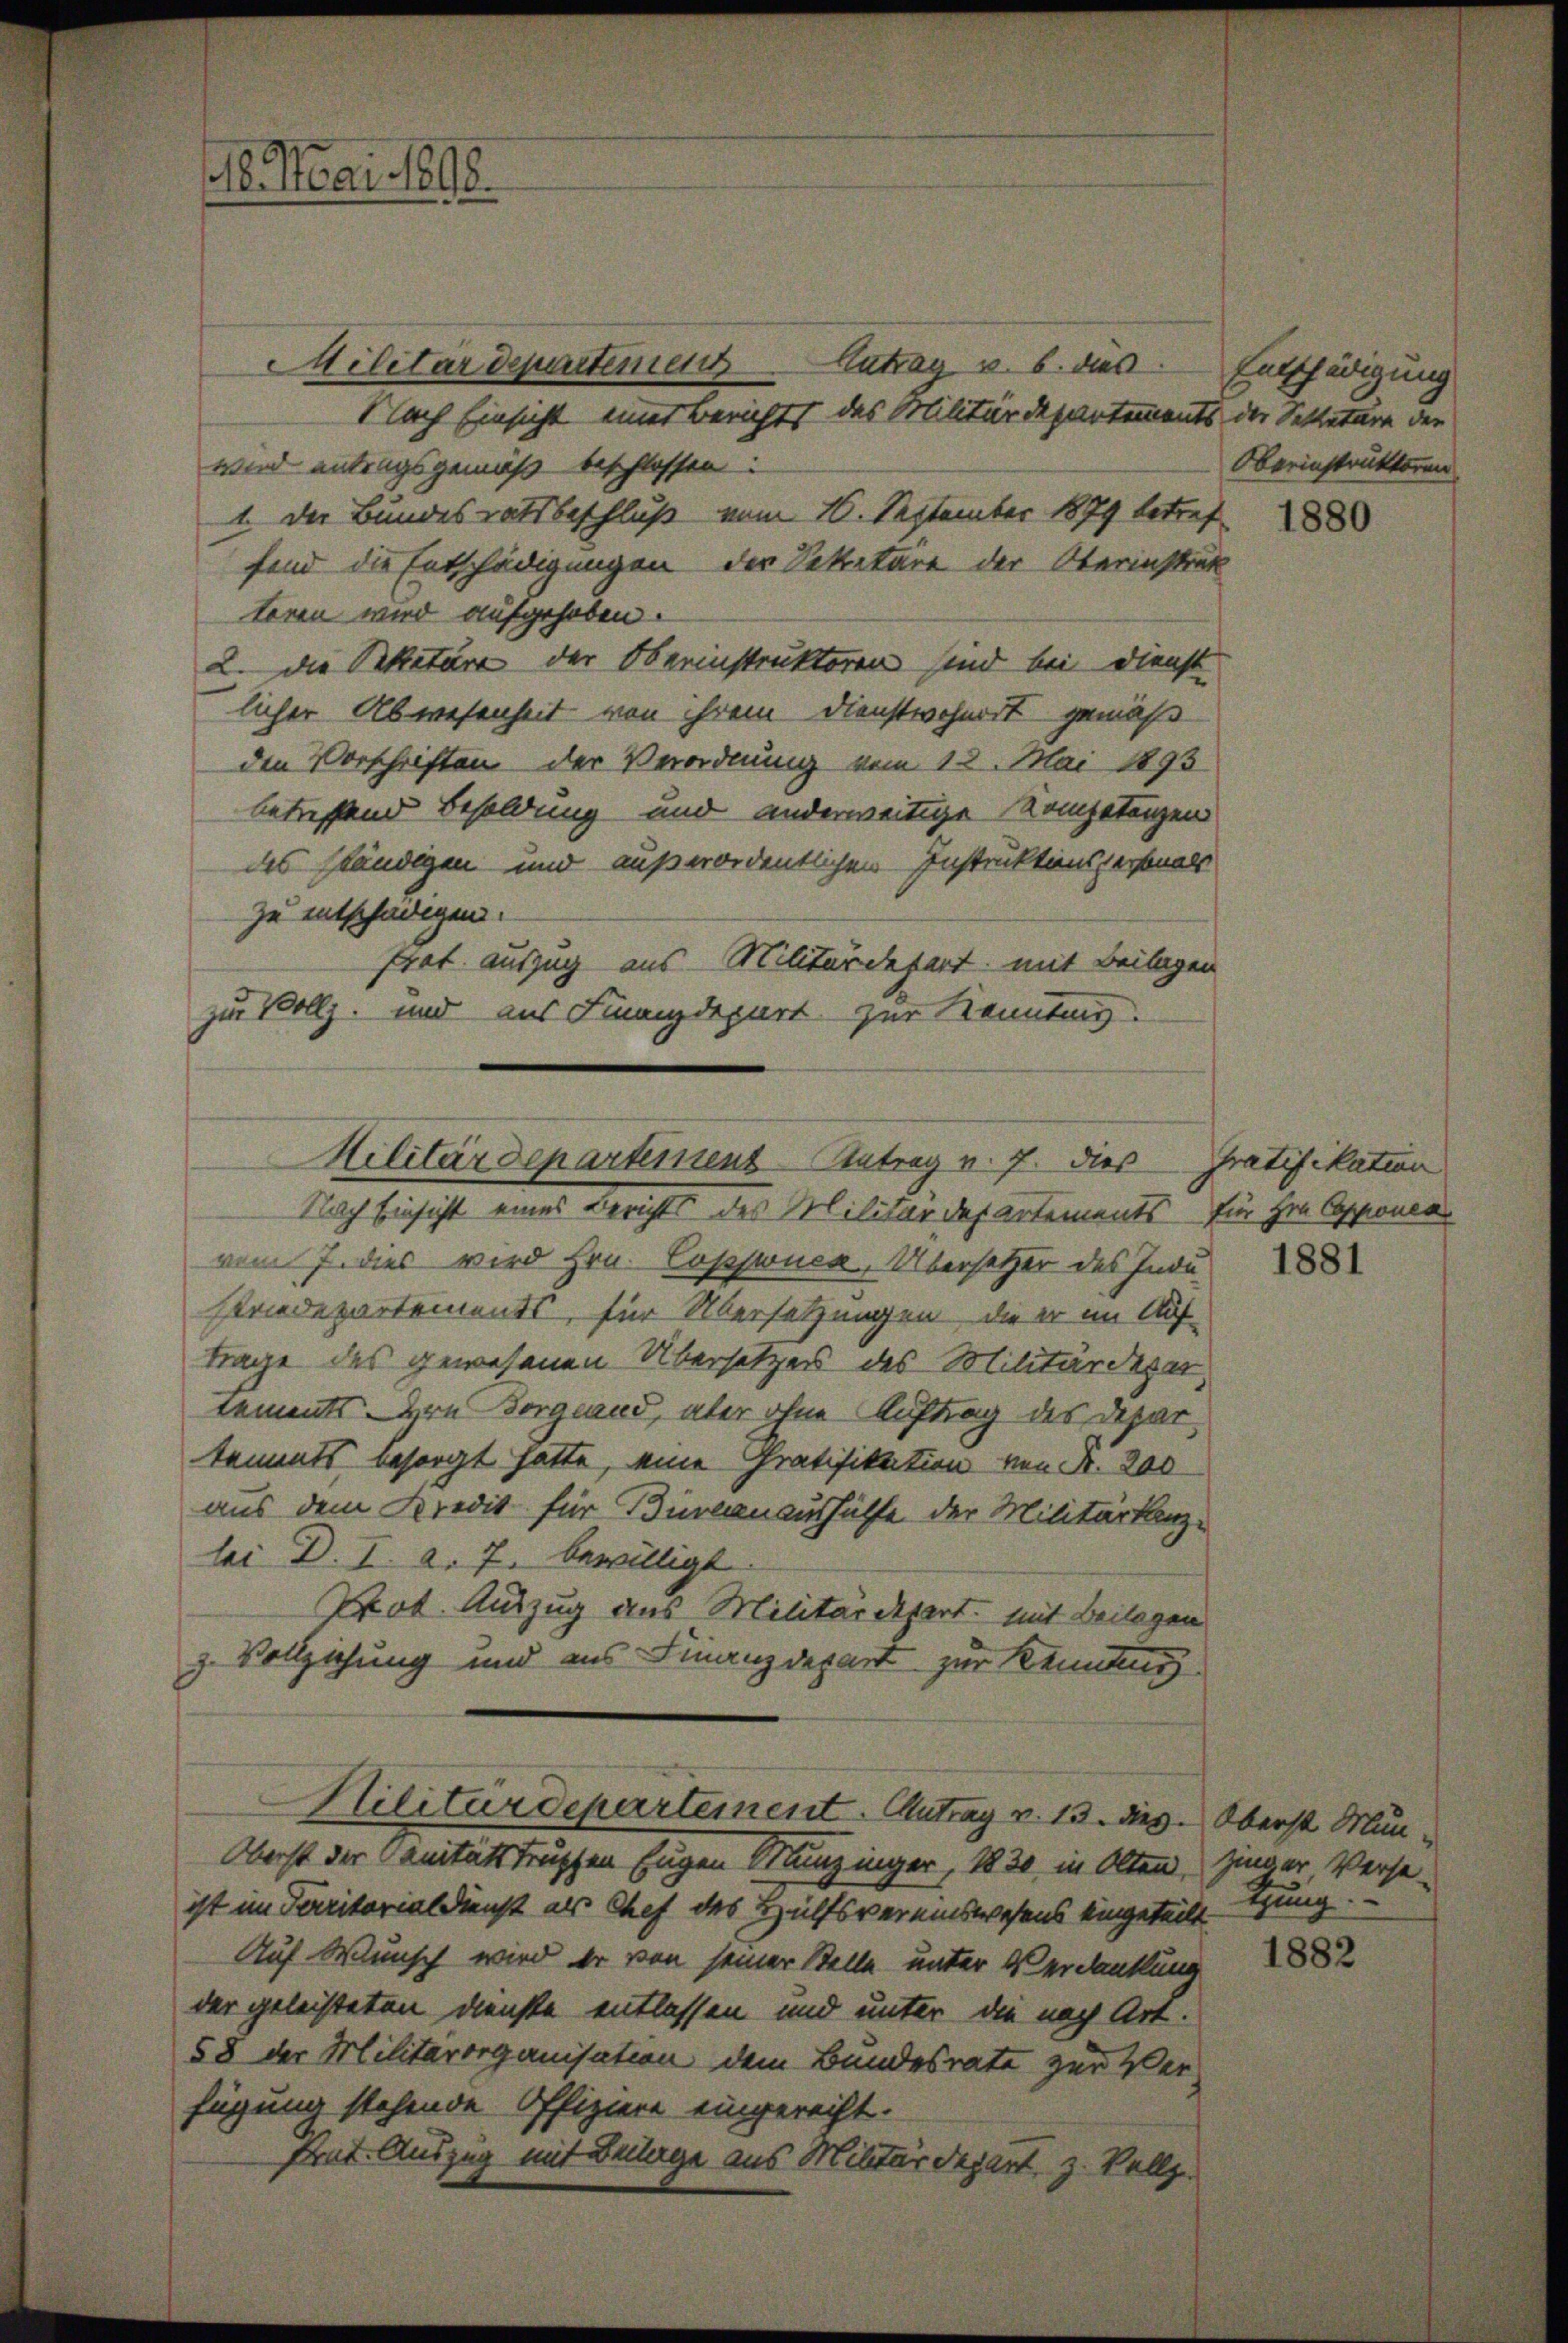
16. Mai 1898.

Militärdepartement Antrag v. 7. dies Gratifikation
Nach Einsicht eines Berichts des Militärdepartements für Hrn. Copponen

vom 7. dies wird Hrn. Copswuca, Übersetzer des Indu-
sriedepartements, für Übersetzungen, die er im Auf
trage des gewesenen Übersetzes des Militärdern
tements. Den Borgland, aber ohne Auftrag des Departammts besorgt hätte, eine Gratifikation von Nr. 200
aus dem Kredit für Bürcanaushülfe der Militärkenz-
lei D. I. a. 7. bewilligt
Pot. Auszug aus Militärdepart mit Beilagen
z. Vollziehung und aus Finanzdepart zur Kenntung

Militärdepartement
Antrag u. b. dies. Entschädigung
Nach Einsicht eines Berichts des Militärdepartements der Settetäre der
wird antragsgemäß beschlossen:
1. Der Bundesratsbeschluß vom 16. September 1879 betref
sind die Entschädigungen der Sekretäre der Sterinstrak
toren wird aufgehoben.
2. die Sekretäre der Oberinstruktoren sind bei Dienst
licher Abwesenheit von ihrem Dienstwohnert gemäß
den Vorschriften der Verordnung vom 12. Mai 1893
betreffend Besoldung und anderweitige Kompetenzen
des ständigen und außerordentlichen Instruktionspersonals
zu entschädigen.
frat auszug aus Militärdepart mit Beilagen
zu Vollz. und aus Finanzdepart zur Kennting.

Oberst der Sanitätstrupfen Eugen Munzinger, 1830 in Olten,
ist im Paritorialdienst als Chef des Hülfsvereinswesens eingeteilt.
Auf Wunsch wird er von seiner Stelle unter Verdankung
der geleisteten Dienste entlassen und unter die nach Art.
58 der Militärorganisation dem Bundesrate zur Verfügung stehende Offiziere eingereiht.
strat. Auszug mit Beilage aus Militärdepart, z. Vollz

Militärdepartement. Antrag v. 13. dies

Oberinstruktoren

1880

1881

Oberst Mun-
zinger Verse-
thung

1882